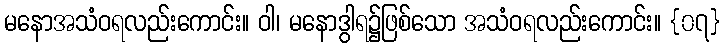
မနောအသံဝရလည်းကောင်း။ ဝါ၊ မနောဒွါရ၌ဖြစ်သော အသံဝရလည်းကောင်း။ {၀၇}